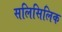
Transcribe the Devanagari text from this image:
सलिसिलिक